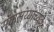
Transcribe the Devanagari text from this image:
संकलय्योच्यते